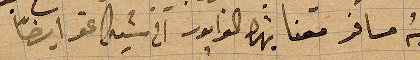
لانه مسافر معنا بهذا ال... الى شيكاغو ايضًا